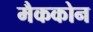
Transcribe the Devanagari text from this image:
मैककोन